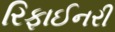
રિફાઈનરી